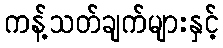
ကန့်သတ်ချက်များနှင့်